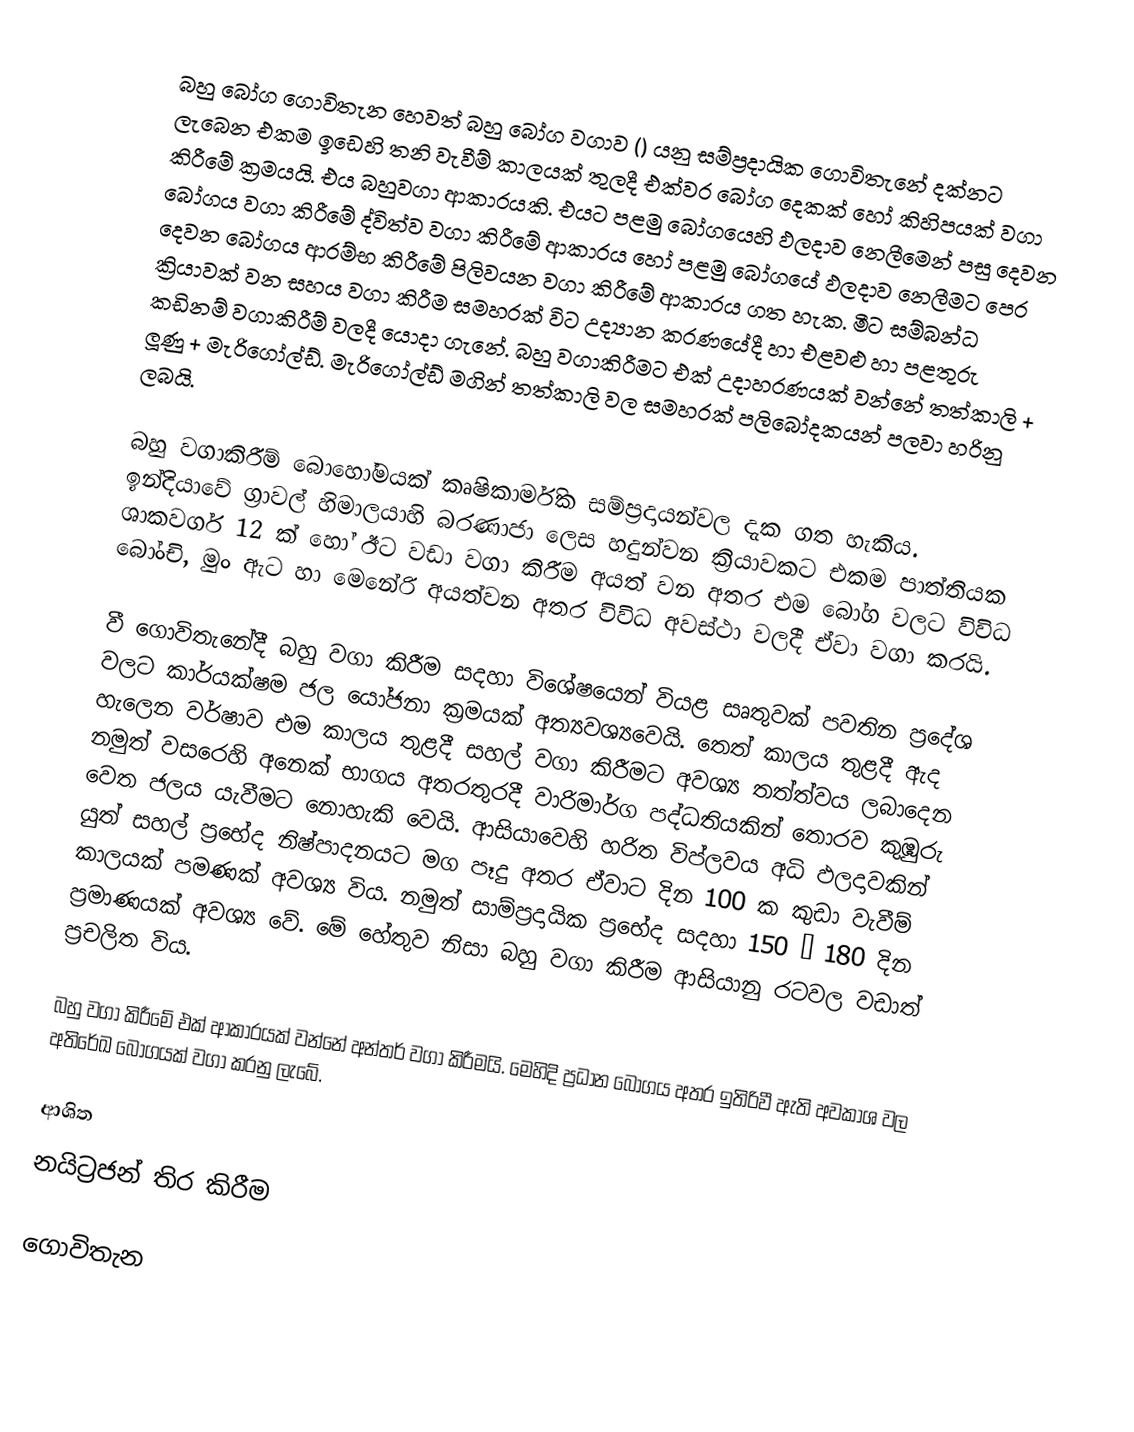
බහු බෝග ගොවිතැන හෙවත්  බහු බෝග වගාව () යනු සම්ප්‍රදායික ගොවිතැනේ දක්නට ලැබෙන එකම ඉඩෙහි තනි වැවීම් කාලයක් තුලදී එක්වර බෝග දෙකක් හෝ කිහිපයක් වගා කිරීමේ ක්‍රමයයි. එය බහුවගා ආකාරයකි. එයට පළමු බෝගයෙහි ඵලදාව නෙලීමෙන් පසු දෙවන බෝගය වගා කිරීමේ ද්විත්ව වගා කිරීමේ ආකාරය හෝ පළමු බෝගයේ ඵලදාව නෙලීමට පෙර දෙවන බෝග‍ය ආරම්භ කිරීමේ පිලිවයන වගා කිරීමේ ආකාරය ගත හැක. මීට සම්බන්ධ ක්‍රියාවක් වන සහය වගා කිරීම සමහරක් විට උද්‍යාන කරණයේදී හා එළවළු හා පළතුරු කඩිනම් වගාකිරීම් වලදී යොදා ගැනේ. බහු වගාකිරීමට එක් උදාහරණයක් වන්නේ තත්කාලි + ලූණු + මැරිගෝල්ඩ්. මැරිගෝල්ඩ් මගින් තත්කාලි වල සමහරක් පලිබෝදකයන් පලවා හරිනු ලබයි.

බහු වගාකිරීම් බොහෝමයක් කෘෂිකාර්මික සම්ප්‍රදායන්වල දැක ගත හැකිය. ඉන්දියාවේ ග්‍රාවල් හිමාලයාහි බරණාජා ලෙස හදුන්වන ක්‍රියාවකට එකම පාත්තියක ශාකවර්ග 12 ක් හෝ ඊට වඩා වගා කිරීම අයත් වන අතර එම බෝග වලට විවිධ බෝංචි, මුං ඇට හා මෙනේරි අයත්වන අතර විවිධ අවස්ථා වලදී ඒවා වගා කරයි.

වී ගොවිතැනේදී බහු වගා කිරීම සදහා විශේෂයෙන් වියළ සෘතුවක් පවතින ප්‍රදේශ වලට කාර්යක්ෂම ජල යෝජනා ක්‍රමයක් අත්‍යවශ්‍යවෙයි. තෙත් කාලය තුළදී ඇද හැලෙන වර්ෂාව එම කාලය තුළදී සහල් වගා කිරීමට අවශ්‍ය තත්ත්වය ලබාදෙන නමුත් වසරෙහි අනෙක් භාගය අතරතුරදී වාරිමාර්ග පද්ධතියකින් තොරව කුඹුරු වෙත ජලය යැවීමට නොහැකි වෙයි. ආසියාවෙහි හරිත විප්ලවය අධි ඵලදාවකින් යුත් සහල් ප්‍රභේද නිෂ්පාදනයට මග පෑදු අතර ඒවාට දින 100 ක කුඩා වැවීම් කාලයක් පමණක් අවශ්‍ය විය. නමුත් සාම්ප්‍රදායික ප්‍රභේද සදහා 150 – 180 දින ප්‍රමාණයක් අවශ්‍ය වේ. මේ හේතුව නිසා බහු වගා කිරීම ආසියානු රටවල වඩාත් ප්‍රචලිත විය.

බහු වගා කිරීමේ එක් ආකාරයක් වන්නේ අන්තර් වගා කිරීමයි. මෙහිදි ප්‍රධාන බෝගය අතර ඉතිරිවී ඇති අවකාශ වල අතිරේඛ බෝගයක් වගා කරනු ලැබේ.

ආශිත
 නයිට්‍රජන් තිර කිරීම

ගොවිතැන